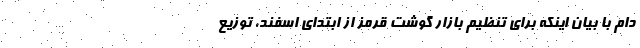
دام با بیان اینکه برای تنظیم بازار گوشت قرمز از ابتدای اسفند، توزیع